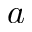
a